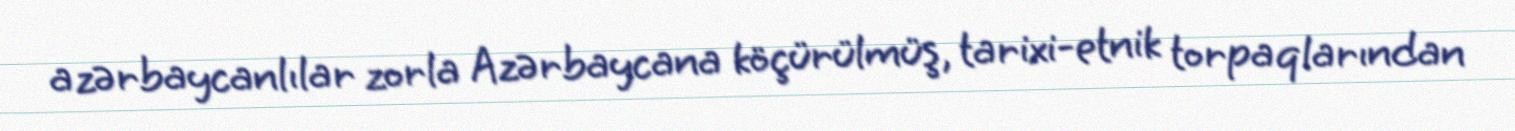
azərbaycanlılar zorla Azərbaycana köçürülmüş, tarixi-etnik torpaqlarından